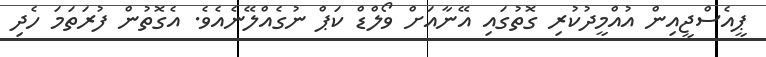
ޕީއެސްޖީއިން އުއްމީދުކުރި ގޮތުގައި އޭނާއަށް ވޯލްޑް ކަޕް ނުގެއްލޭނެއެވެ. އެގޮތުން ފުރަތަމަ ހެދި